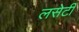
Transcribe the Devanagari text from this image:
लसेटी